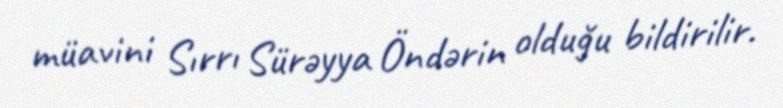
müavini Sırrı Sürəyya Öndərin olduğu bildirilir.